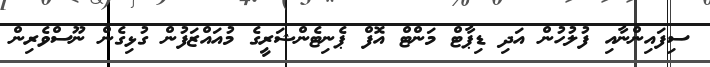
ސިފައިންނާއި ފުލުހުން އަދި ޑިޕާޓް މަންޓް އޮފް ޕެނިޓެންޝަރީގެ މުއައްޒަފުން ގުޅިގެން ނޫސްވެރިން